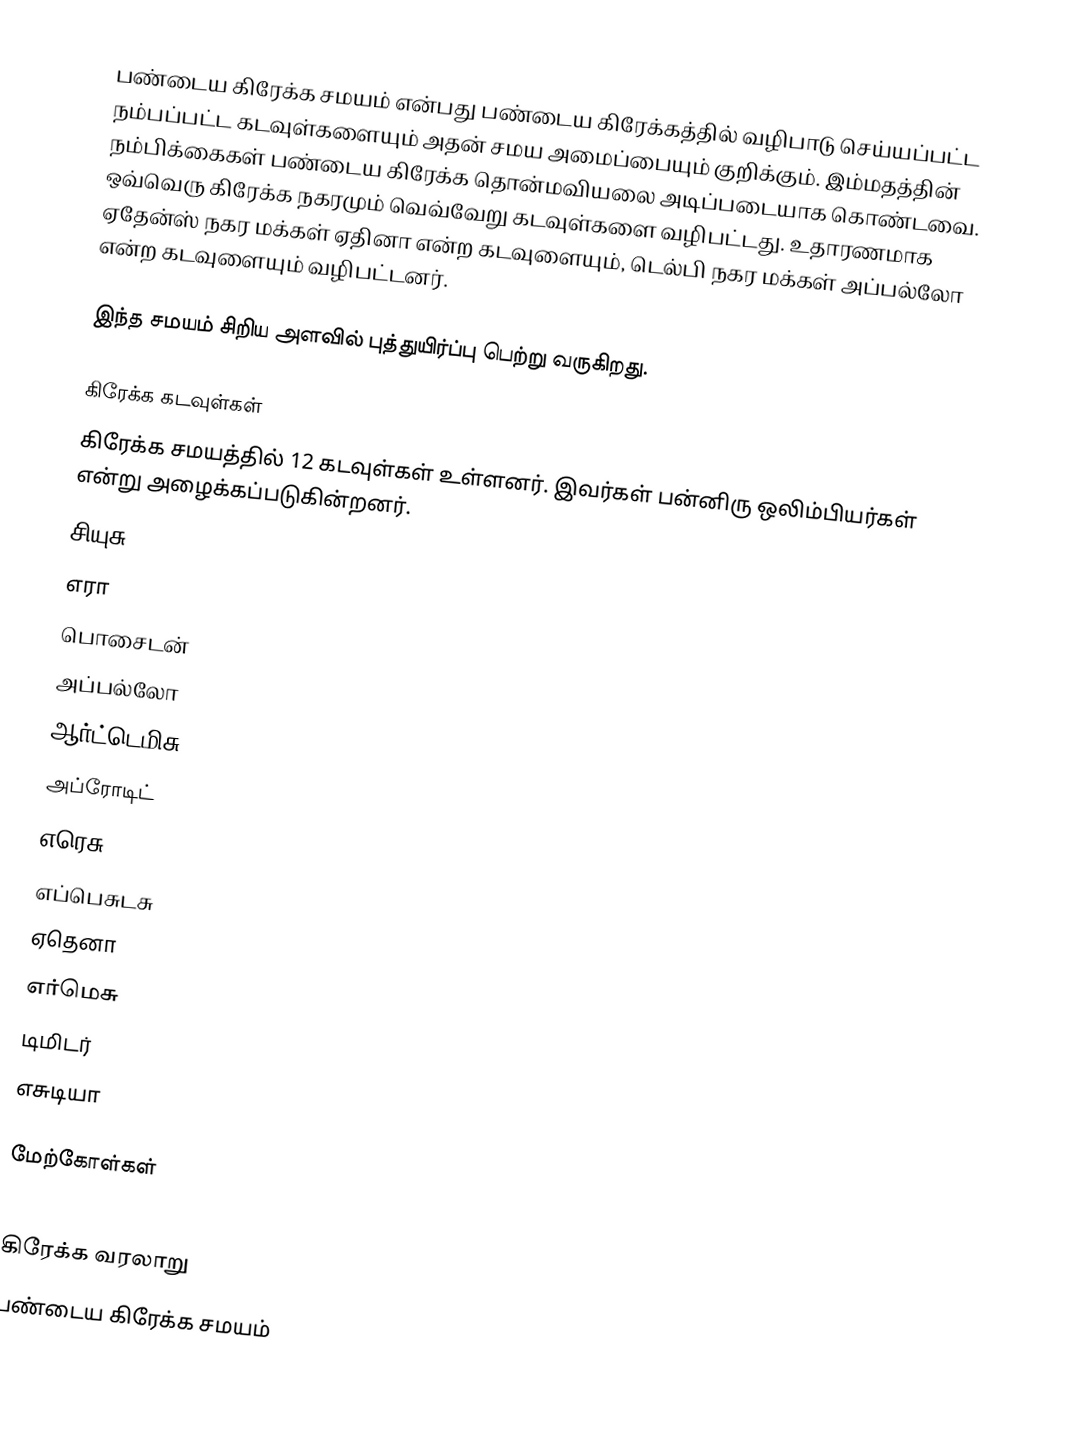
பண்டைய கிரேக்க சமயம் என்பது பண்டைய கிரேக்கத்தில் வழிபாடு செய்யப்பட்ட நம்பப்பட்ட கடவுள்களையும் அதன் சமய அமைப்பையும் குறிக்கும். இம்மதத்தின் நம்பிக்கைகள் பண்டைய கிரேக்க தொன்மவியலை அடிப்படையாக கொண்டவை. ஒவ்வெரு கிரேக்க நகரமும் வெவ்வேறு கடவுள்களை வழிபட்டது.  உதாரணமாக ஏதேன்ஸ் நகர மக்கள் ஏதினா என்ற கடவுளையும், டெல்பி நகர மக்கள் அப்பல்லோ என்ற கடவுளையும் வழிபட்டனர்.

இந்த சமயம் சிறிய அளவில் புத்துயிர்ப்பு பெற்று வருகிறது.

கிரேக்க கடவுள்கள்
கிரேக்க சமயத்தில் 12 கடவுள்கள் உள்ளனர். இவர்கள் பன்னிரு ஒலிம்பியர்கள் என்று அழைக்கப்படுகின்றனர்.
 சியுசு
 எரா
 பொசைடன்
 அப்பல்லோ
 ஆர்ட்டெமிசு
 அப்ரோடிட்
 எரெசு
 எப்பெசுடசு
 ஏதெனா
 எர்மெசு
 டிமிடர்
 எசுடியா

மேற்கோள்கள்

கிரேக்க வரலாறு
பண்டைய கிரேக்க சமயம்